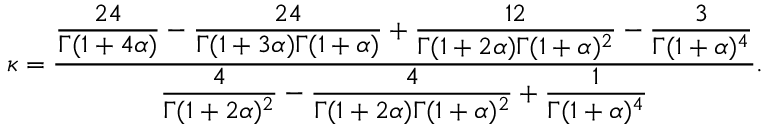
\kappa = \frac { \displaystyle \frac { 2 4 } { \Gamma ( 1 + 4 \alpha ) } - \frac { 2 4 } { \Gamma ( 1 + 3 \alpha ) \Gamma ( 1 + \alpha ) } + \frac { 1 2 } { \Gamma ( 1 + 2 \alpha ) \Gamma ( 1 + \alpha ) ^ { 2 } } - \frac { 3 } { \Gamma ( 1 + \alpha ) ^ { 4 } } } { \displaystyle \frac { 4 } { \Gamma ( 1 + 2 \alpha ) ^ { 2 } } - \frac { 4 } { \Gamma ( 1 + 2 \alpha ) \Gamma ( 1 + \alpha ) ^ { 2 } } + \frac { 1 } { \Gamma ( 1 + \alpha ) ^ { 4 } } } .